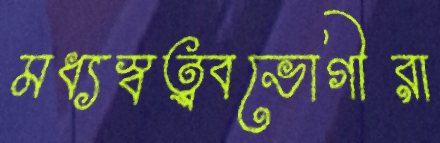
মধ্যস্বত্ব্বভোগীরা